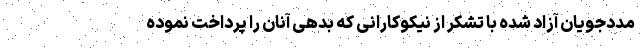
مددجویان آزاد شده با تشکر از نیکوکارانی که بدهی آنان را پرداخت نموده